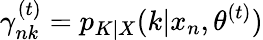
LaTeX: \gamma_{nk}^{(t)}=p_{K|X}(k|x_{n},\theta^{(t)})